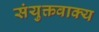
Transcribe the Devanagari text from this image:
संयुक्तवाक्य